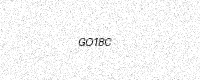
Text: GO18C